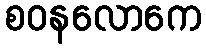
စဝနလောကေ